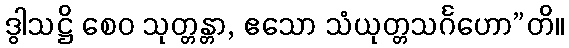
ဒွါသဋ္ဌိ စေဝ သုတ္တန္တာ, ဧသော သံယုတ္တသင်္ဂဟော”တိ။